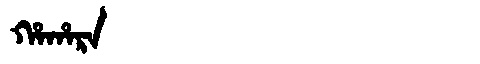
Manchu: ᡥᠠᡥᠠᡵᠠ
Romanization: HAHARA